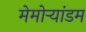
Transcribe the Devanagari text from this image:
मेमोर्‍यांडम